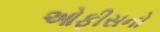
ઓફીસનો